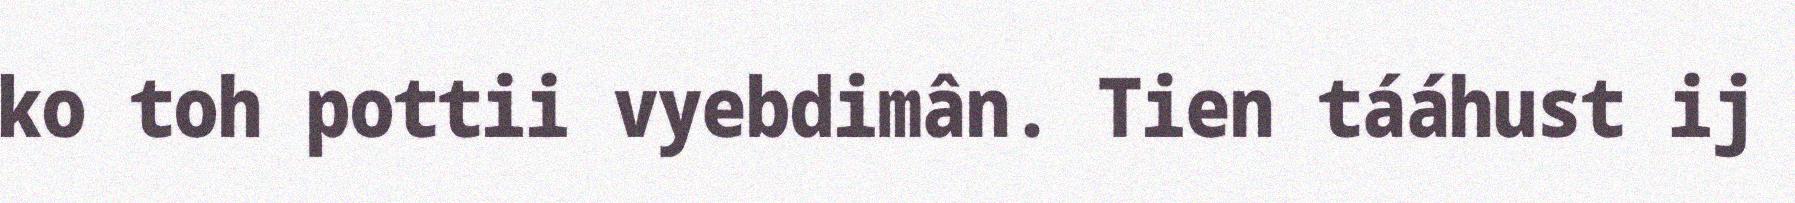
ko toh pottii vyebdimân. Tien tááhust ij